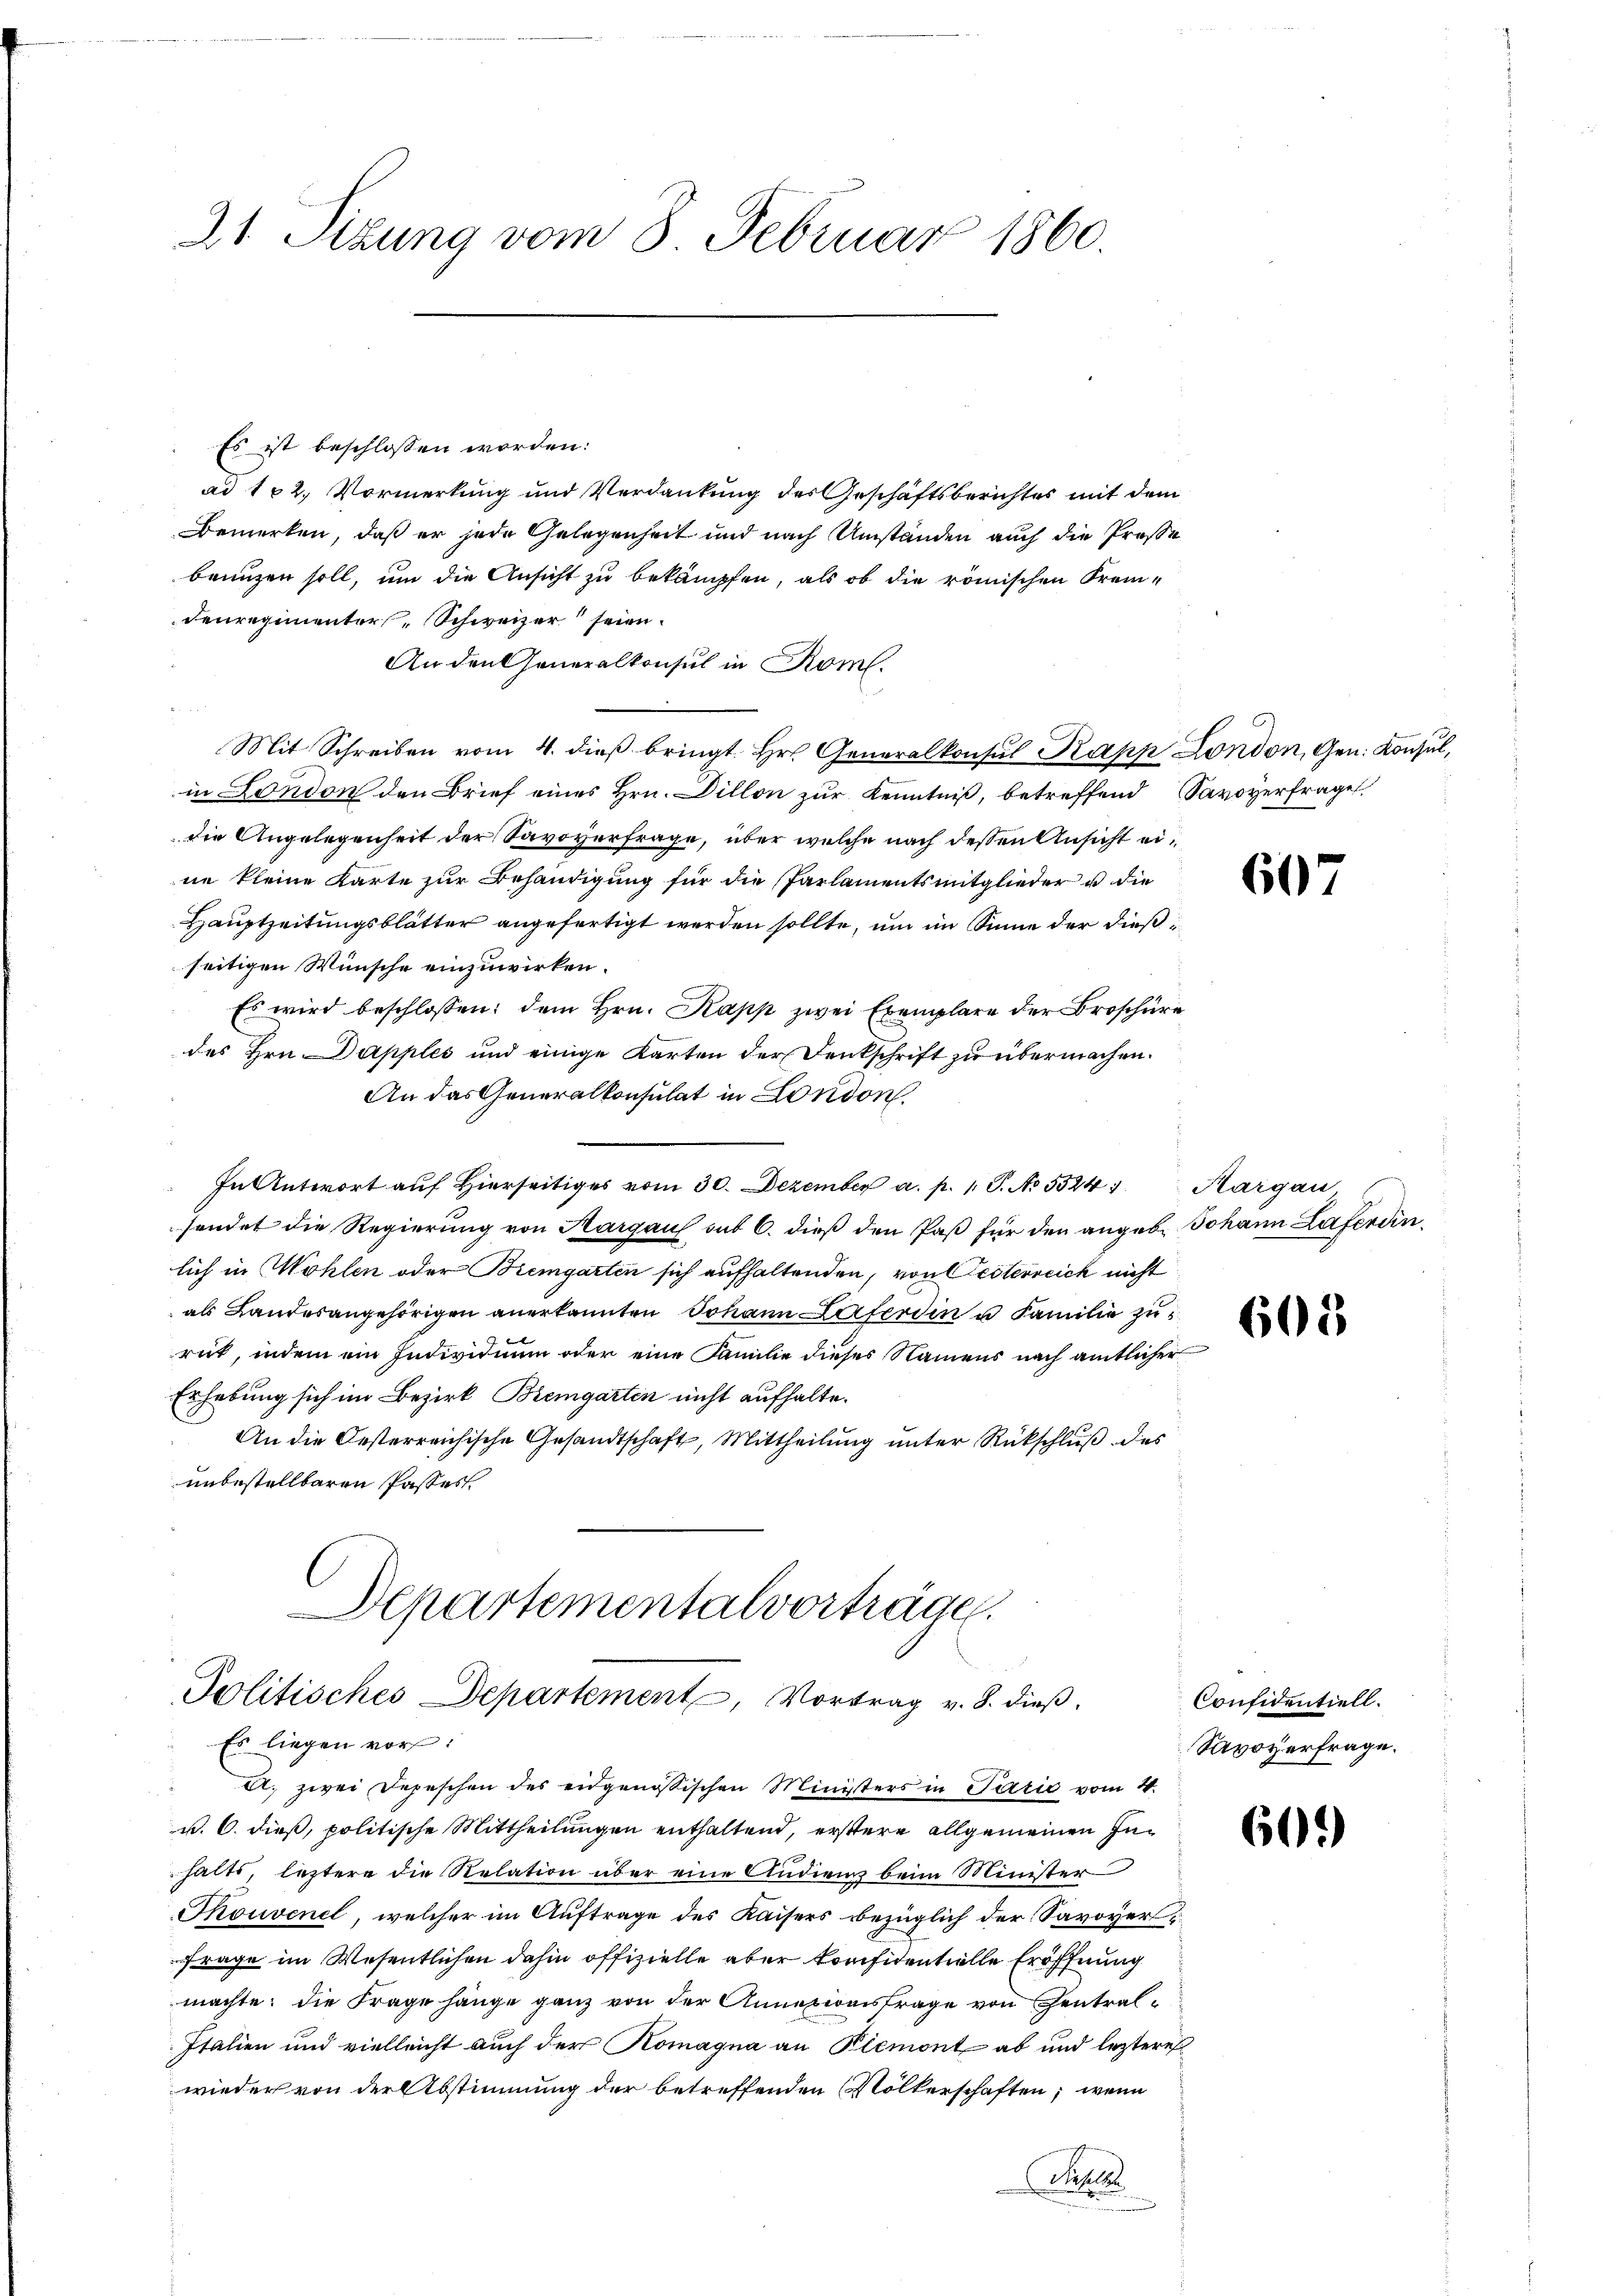
21. Sizung vom 8. Februar 1860.

Es ist beschlossen worden:
ad 182. Vormerkung und Verdankung des Geschäftsberichtes mit dem
Bemerken, daß er jede Gelegenheit und nach Umständen auch die Prose
beunzen soll, um die Ansicht zu bekämpfen, als ob die römischen Frem-
Fenregimenter Schweizer seien.
An den Generalkonsul in Rom.
Mit Schreiben vom 4. dieß bringt. Hr. Generalkonsul Papp London, Gen. Konsul,
in London den Brief eines Hrn. Dillon zur Kenntniß, betreffend Savoyerfrage
die Angelegenheit der Savoverfrage, über welche nach dessen Ansicht eine kleine Karte zur Behändigung für die Parlamentsmitglieder u die
Hauptzeitungsblätter angefertigt werden sollte, um im Sinne der dies
seitigen Wünsche einzuwirken.
Es wird beschlossen: dem Hrn. Kapp zwei Exemplare der Broschüre
des Hrn. Dapples und einige Karten der Denkschrift zu übermachen.
An das Generalkonsulat in London.
In Antwort aŭf hierseitiges vom 30. Dezember a. p. 1. P. No 524. Margau
sendet die Regierung von Aargauf mit 6. dieß den Paß für den angeb. Johann Laferdin
lich in Wohlen oder Bremgarten sich aufhaltenden, von Festerreich nicht
als Landesangehörigen anerkannten Johann Laterdin u Familie zu
rut, indem ein Individium oder eine Familie dieses Namens nach amtlicher
Erhebung sich im Bezirk Bremgarten nicht aufhalte.
An die Oesterreichische Gesandtschaft, Mittheilung unter Rückschluß des
unbestellbaren Passer

Departementalvorträge.
Politisches Departement, Vortrag v. 8. dieß,
Es liegen vor:

A. zwei Depeschen des eidgenössischen Ministers in Parić vom 4.
v. 6. dieß, politische Mittheilungen enthaltend, erstere allgemeinen Inhalts, leztere die Relation über eine Audien beim Minister
Thouvenel, welcher im Auftrage des Kaisers bezüglich der Savoyer¬
Frage im Wesentlichen dahin offizielle aber konfidentielle Eröffnung
machte, die Frage hänge ganz von der Annexionsfrage von Zentral¬
Italien und vielleicht auch der Komagna an Plemont ab und lezteres
wieder von der Abstimmung der betreffenden Völkerschaften; wenn
Tepl

607

605

Confidentiell.
Savoyerfrage.

601)